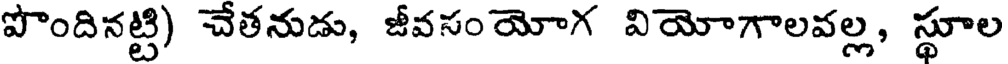
పొందినట్టి) చేతనుడు, జీవసంయోగ వియోగాలవల్ల, స్థూల